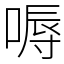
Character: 嗕